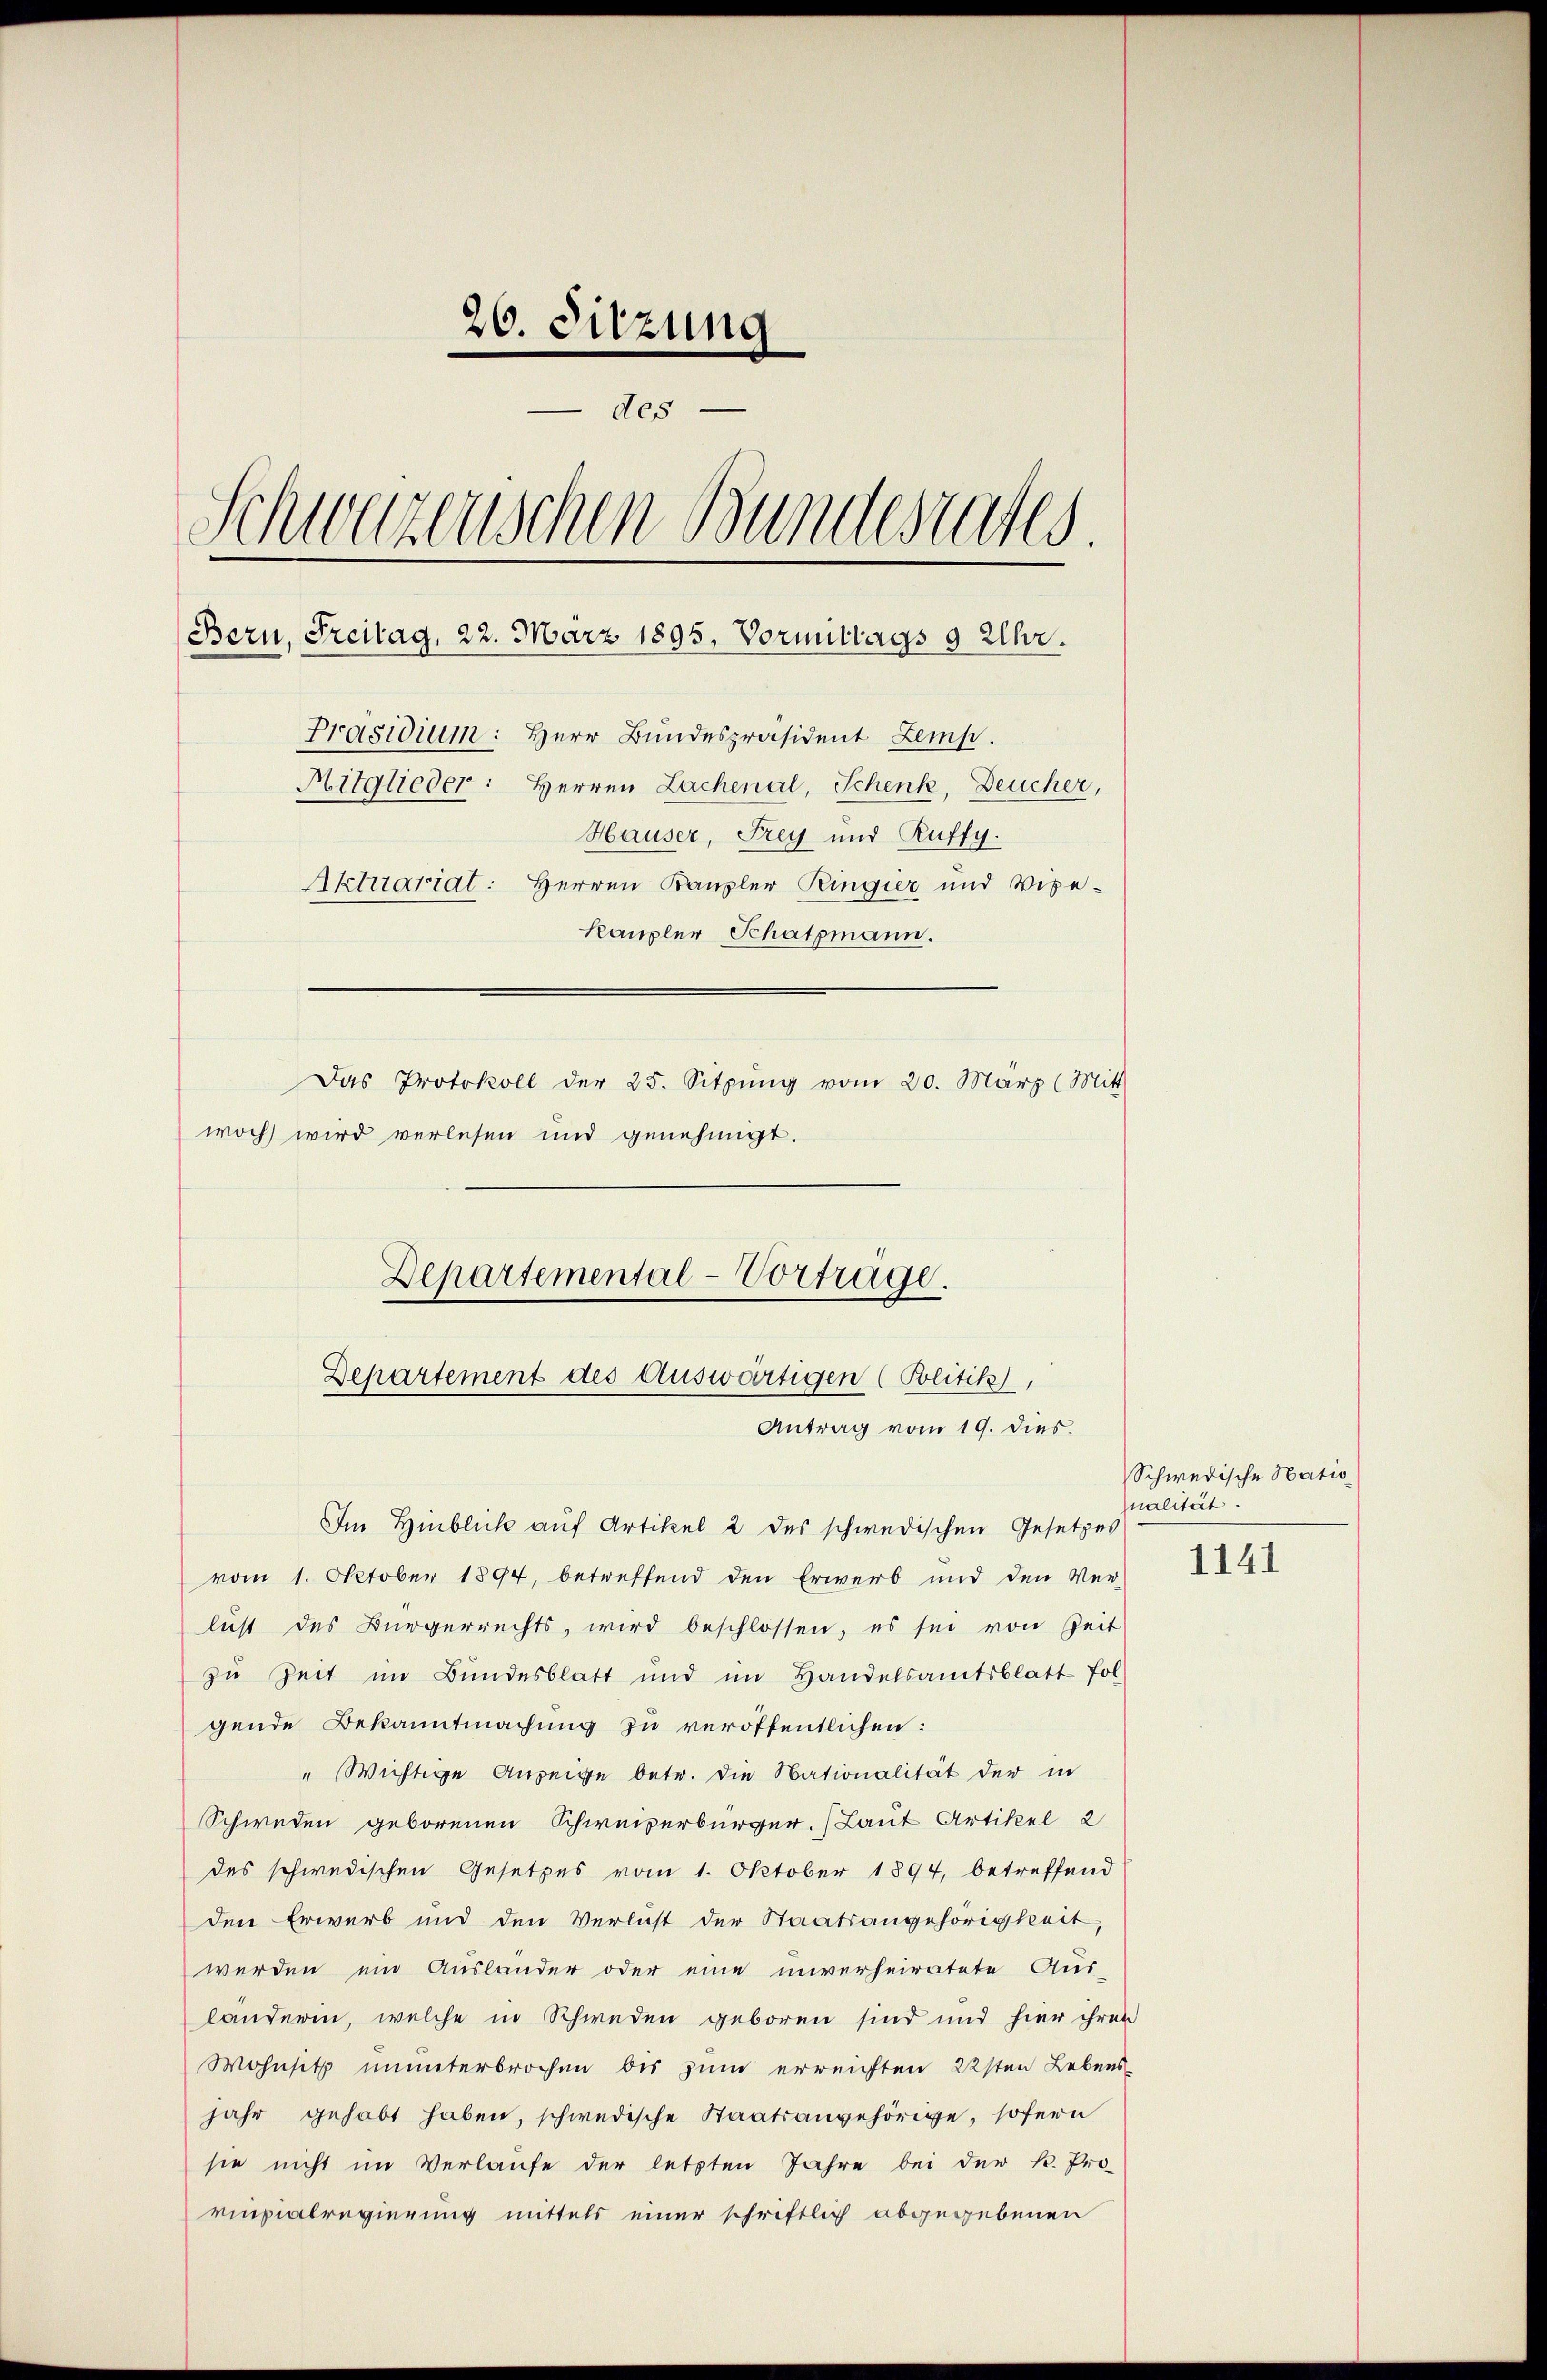
26. Sitzung
des
Schwazenischen Bundesrates
Bern, Freitag, 22. März 1895, Vormittags 9 Uhr.
Präsidium: Herr Bundespräsident Zemp.
Hitglieder: Herren Lachenal, Schenk, Deucher,
Hauser, Frey und Ruffy.
Aktuariat: Herren Kanzler Ringier und Vice-
Kaupler Schatzmann.
Das Protokoll der 25. Sitzŭng vom 20. März (Mitt
woch wird verlesen und genehmigt.

Departemental-Vortrage.
Departement des Auswärtigen (Politik,
Antrag vom 19. dies.

Im Hinblick auf Artikel 2 des schwedischen Gesetzes
vom 1. Oktober 1894, betreffend den Erwerb und den Ver-
lust des Bürgerrechts, wird beschlossen, es sei von Zeit
zu Zeit im Bundesblatt und im Handelsamtsblatt fol-
gende Bekanntmachung zu veröffentlichen:
" Wichtige Anzeige betr. die Nationalität der in
Schweden geborenen Schweizerbürger. (Laut Artikel 2
des schwedischen Gesetzes vom 1. Oktober 1894, betreffend
den Erwerb und den Verlust der Staatsangehörigkeit,
werden ein Auslander oder eine unverheiratete Aus-
länderin, welche in Schweden geboren sind und hier ihren
Wohnsitz ununterbrochen bis zum erreichten 22sten Lebens
jahr gehabt haben, schwedische Staatsangehörige, sofern
sie nicht im Verlaufe der letzten Jahre bei der k. Pro-
vinzialregierung mittels einer schriftlich abgegebenen

Schwedische Natio
nalität.

1141